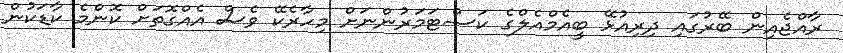
ރާއްޖެއިން ބޭރުގައި ދިރިއުޅޭ ބީއެމްއެލްގެ ކަސްޓަމަރުންނަށް މިހާރެކޭ ވެސް އެއްގޮތަށް ކޮންމެ ކާޑަކުން